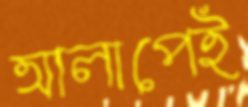
আলাপেই